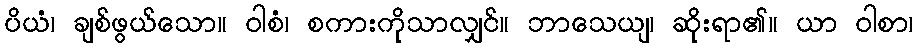
ပိယံ၊ ချစ်ဖွယ်သော။ ဝါစံ၊ စကားကိုသာလျှင်။ ဘာသေယျ၊ ဆိုးရာ၏။ ယာ ဝါစာ၊